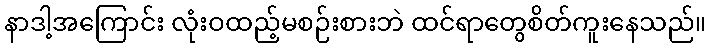
နာဒါ့အကြောင်း လုံးဝထည့်မစဉ်းစားဘဲ ထင်ရာတွေစိတ်ကူးနေသည်။